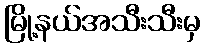
မြို့နယ်အသီးသီးမှ